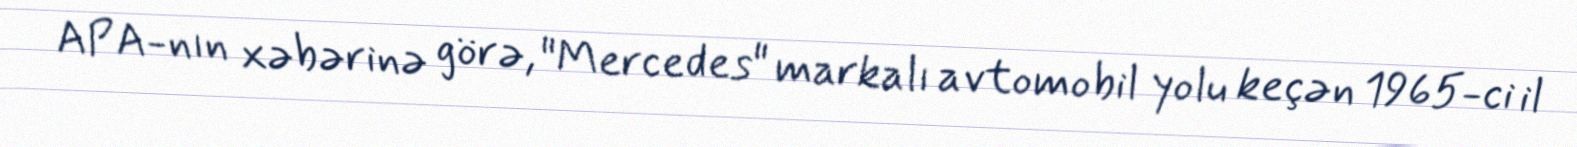
APA-nın xəbərinə görə, "Mercedes" markalı avtomobil yolu keçən 1965-ci il